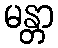
မန္တာ